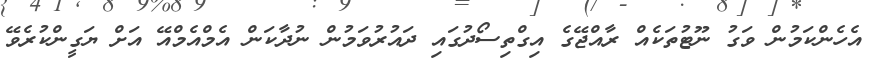
އެހެންކަމުން ވަގު ނޫޓުތަކެއް ރާއްޖޭގެ އިގްތިސޯދުގައި ދައުރުވަމުން ނުދާކަން އެމްއެމްއޭ އަށް ޔަގީންކުރެވޭ